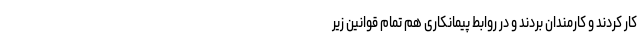
کار کردند و کارمندان بردند و در روابط پیمانکاری هم تمام قوانین زیر